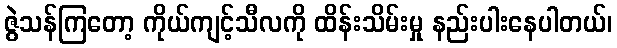
ဇွဲသန်ကြတော့ ကိုယ်ကျင့်သီလကို ထိန်းသိမ်းမှု နည်းပါးနေပါတယ်၊